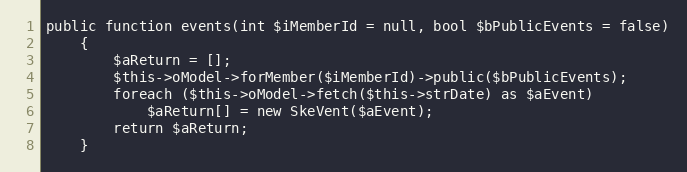
Language: PHP
public function events(int $iMemberId = null, bool $bPublicEvents = false)
    {
        $aReturn = [];
        $this->oModel->forMember($iMemberId)->public($bPublicEvents);
        foreach ($this->oModel->fetch($this->strDate) as $aEvent)
            $aReturn[] = new SkeVent($aEvent);
        return $aReturn;
    }